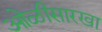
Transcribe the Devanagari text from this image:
ओळीसारखा